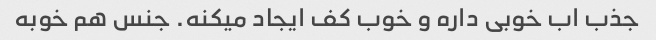
جذب اب خوبی داره و خوب کف ایجاد میکنه. جنس هم خوبه